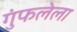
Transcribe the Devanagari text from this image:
गुंफलेला